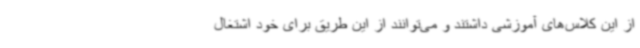
از این کلاس‌های آموزشی داشتند و می‌توانند از این طریق برای خود اشتغال